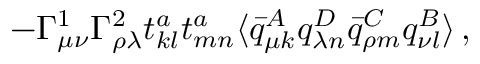
- \Gamma _ { \mu \nu } ^ { 1 } \Gamma _ { \rho \lambda } ^ { 2 } t _ { k l } ^ { a } t _ { m n } ^ { a } \langle { \bar { q } _ { \mu k } ^ { A } } q _ { \lambda n } ^ { D } { \bar { q } _ { \rho m } ^ { C } } q _ { \nu l } ^ { B } \rangle \, ,